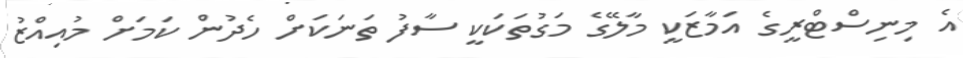
އެ މިނިސްޓްރީގެ އަމާޒަކީ މާލޭގެ މަގުތަކަކީ ސާފު ތަނަކަށް ހެދުން ކަމަށް މުއިއްޒު